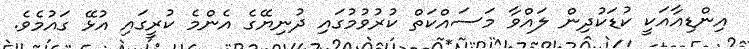
އިންޑިއާއަކީ ކުޑަކުދިން ލައްވާ މަސައްކަތް ކުރުވުމުގައި ދުނިޔޭގެ އެންމެ ކުރީގައި އުޅޭ ގައުމެވެ.